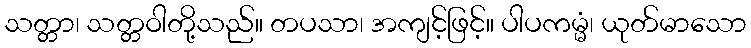
သတ္တာ၊ သတ္တဝါတို့သည်။ တပသာ၊ အကျင့်ဖြင့်။ ပါပကမ္မံ၊ ယုတ်မာသော